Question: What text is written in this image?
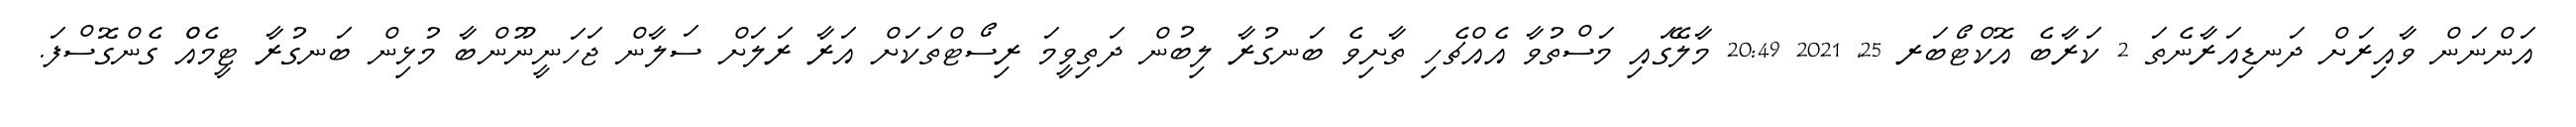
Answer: އަންނަން ވާއިރަށް ދަނޑިއަރާނެތަ 2 ކަރާބެ އޮކްޓޯބަރ 25, 2021 20:49 މާލޭގައި މަސްތުވާ އެއްޗެހި ތާށިވެ ބަނގުރާ ލިބުން ދަތިވީމަ ރިސޯޓްތަކަށް އަރާ ރަލަށް ސަލާން ޖަހަނީނޫންބާ މުޅިން ބަނގުރާ ޓީމެއްް ގެންގޮސްފަ.